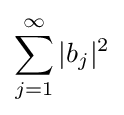
\sum _{j=1}^{\infty }|b_{j}|^{2}